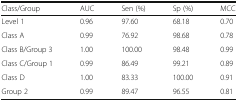
<table><thead><tr><td><b>Class/Group</b></td><td><b>AUC</b></td><td><b>Sen (%)</b></td><td><b>Sp (%)</b></td><td><b>MCC</b></td></tr></thead><tbody><tr><td>Level 1</td><td>0.96</td><td>97.60</td><td>68.18</td><td>0.70</td></tr><tr><td>Class A</td><td>0.99</td><td>76.92</td><td>98.68</td><td>0.78</td></tr><tr><td>Class B/Group 3</td><td>1.00</td><td>100.00</td><td>98.48</td><td>0.99</td></tr><tr><td>Class C/Group 1</td><td>0.99</td><td>86.49</td><td>99.21</td><td>0.89</td></tr><tr><td>Class D</td><td>1.00</td><td>83.33</td><td>100.00</td><td>0.91</td></tr><tr><td>Group 2</td><td>0.99</td><td>89.47</td><td>96.55</td><td>0.81</td></tr></tbody></table>